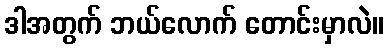
ဒါအတွက် ဘယ်လောက် တောင်းမှာလဲ။